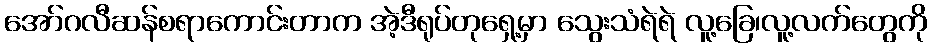
အော်ဂလီဆန်စရာကောင်းတာက အဲ့ဒီရုပ်တုရှေ့မှာ သွေးသံရဲရဲ လူ့ခြေ၊လူ့လက်တွေကို